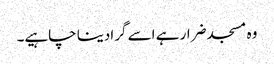
وہ مسجد ضرار ہے اسے گرادینا چاہیے۔